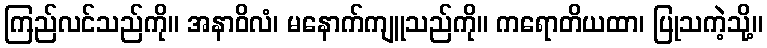
ကြည်လင်သည်ကို။ အနာဝိလံ၊ မနောက်ကျူသည်ကို။ ကရောတိယထာ၊ ပြုသကဲ့သို့။